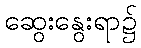
ဆွေးနွေးရာ၌